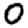
Digit: 0